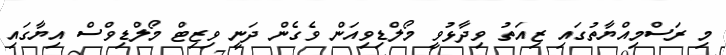
މި ރަސްމިއްޔާތުގައި ޒިއަތު ވިދާޅުވީ މޯލްޑިވިއަން ވެގެން ދަނީ ވިޒިޓް މޯލްޑިވްސް އިޔާގައި